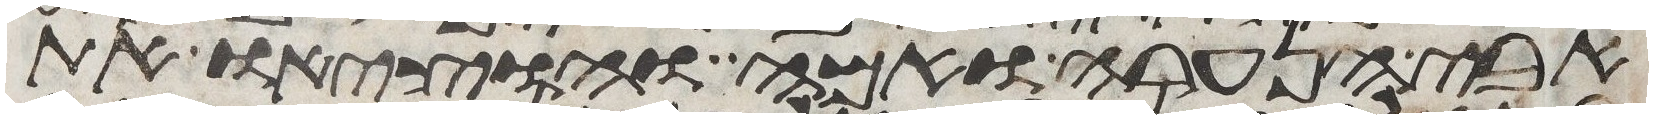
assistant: אבי הנערה ואמה והוציאו את